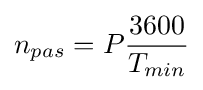
n_{pas}=P{\frac {3600}{T_{min}}}